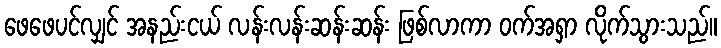
ဖေဖေပင်လျှင် အနည်းငယ် လန်းလန်းဆန်းဆန်း ဖြစ်လာကာ ဝက်အရှာ လိုက်သွားသည်။